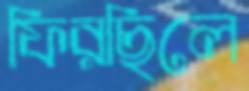
ফিরছিলে